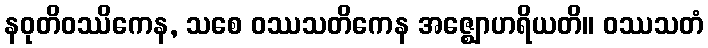
နဝုတိဝဿိကေန, သစေ ဝဿသတိကေန အဇ္ဈောဟရိယတိ။ ဝဿသတံ